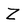
Character: Z